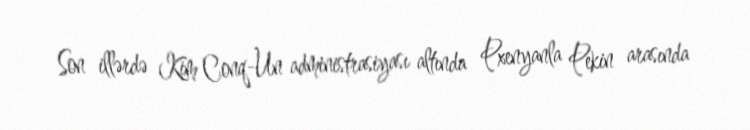
Son illərdə Kim Conq-Un administrasiyası altında Pxenyanla Pekin arasında